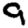
Digit: 9